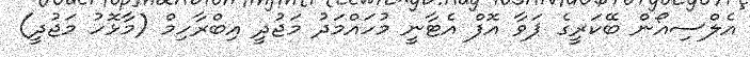
އެލްސިއޯން ބޭކަރީގެ ޕަވާ އޮފް އެޓާނީ މުހައްމަދު މަޖުދީ އިބްރާހިމް (މާޅޮހު މަޖުދީ)